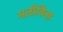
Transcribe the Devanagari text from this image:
मतीविना